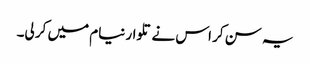
یہ سن کر اس نے تلوار نیام میں کر لی۔